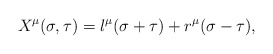
\begin{align*}X^{\mu}(\sigma,\tau)=l^{\mu}(\sigma+\tau)+r^{\mu}(\sigma-\tau),\end{align*}